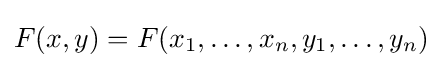
F(x,y)=F(x_{1},\ldots ,x_{n},y_{1},\ldots ,y_{n})